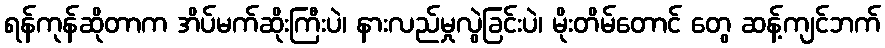
ရန်ကုန်ဆိုတာက အိပ်မက်ဆိုးကြီးပဲ၊ နားလည်မှုလွဲခြင်းပဲ၊ မိုးတိမ်တောင် တွေ ဆန့်ကျင်ဘက်